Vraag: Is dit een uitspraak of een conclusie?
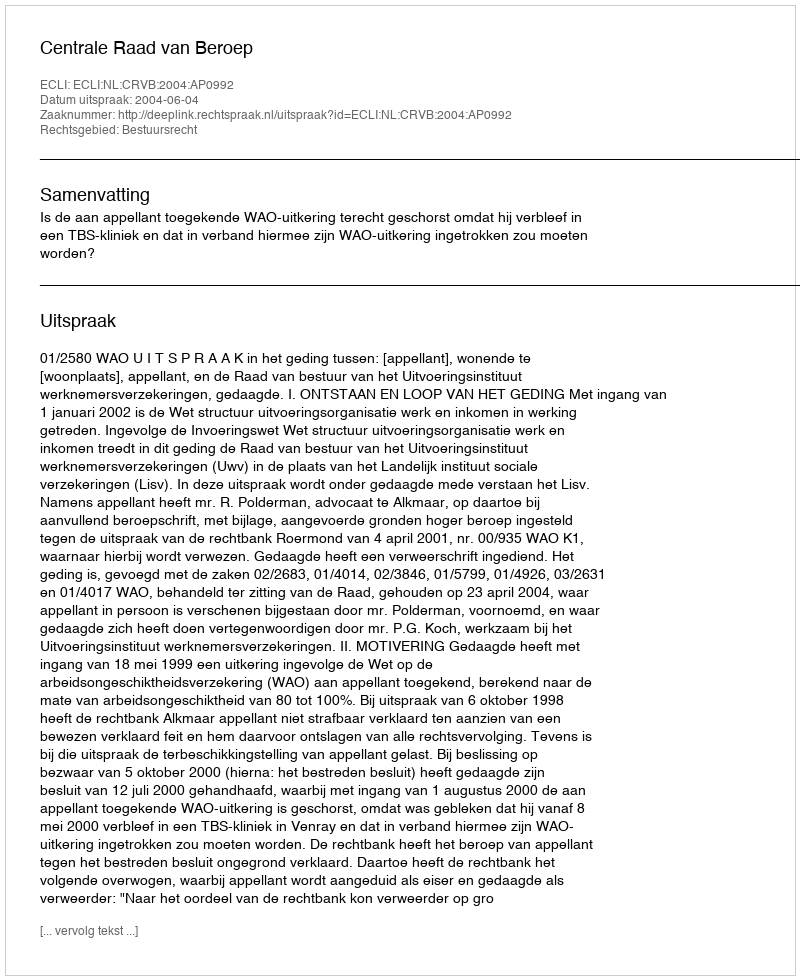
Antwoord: Uitspraak